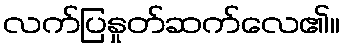
လက်ပြနှုတ်ဆက်လေ၏။